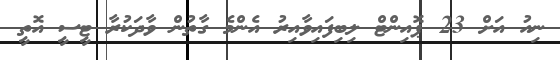
ނިއު އަށް 23 ޕޮއިންޓް ލިބިފައިވާއިރު އެންމެ ގާތުން ވާދަކުރާ ޓީސީ އޮތީ